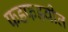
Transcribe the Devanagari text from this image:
फडफडवीत